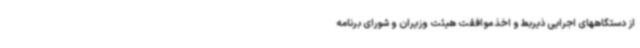
از دستگاههای اجرایی ذیربط و اخذ موافقت هیئت وزیران و شورای برنامه